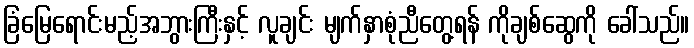
ခြံမြေရောင်းမည့်အဘွားကြီးနှင့် လူချင်း မျက်နှာစုံညီတွေ့ရန် ကိုချစ်ဆွေကို ခေါ်သည်။